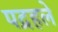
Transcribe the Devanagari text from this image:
पद्रहले